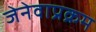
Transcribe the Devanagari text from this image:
जेनेवाप्रक्रम